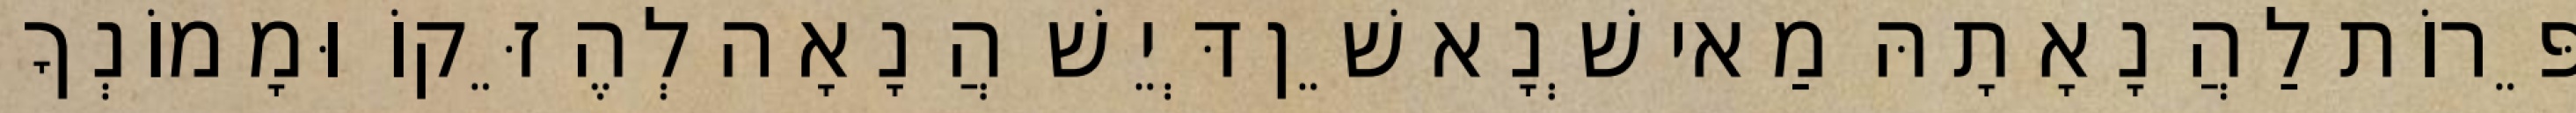
פֵּרוֹת לַהֲנָאָתָהּ מַאי שְׁנָא שֵׁן דְּיֵשׁ הֲנָאָה לְהֶזֵּקוֹ וּמָמוֹנְךָ